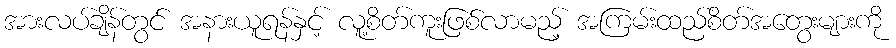
အားလပ်ချိန်တွင် အနားယူရန်နှင့် လူ့စိတ်ကူးဖြစ်လာမည့် အကြမ်းထည်စိတ်အတွေးများကို